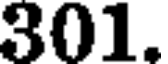
301.